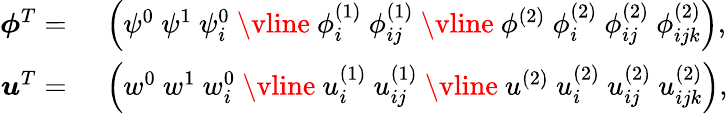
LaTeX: \begin{array}{rl}{\boldsymbol{\phi}^{T}=}&{\ \left(\psi^{0}\ \psi^{1}\ \psi_{i}^{0}\ \vline\ \phi_{i}^{(1)}\ \phi_{ij}^{(1)}\ \vline\ \phi^{(2)}\ \phi_{i}^{(2)}\ \phi_{ij}^{(2)}\ \phi_{ijk}^{(2)}\right),}\\ {\boldsymbol{u}^{T}=}&{\ \left(w^{0}\ w^{1}\ w_{i}^{0}\ \vline\ u_{i}^{(1)}\ u_{ij}^{(1)}\ \vline\ u^{(2)}\ u_{i}^{(2)}\ u_{ij}^{(2)}\ u_{ijk}^{(2)}\right),}\end{array}